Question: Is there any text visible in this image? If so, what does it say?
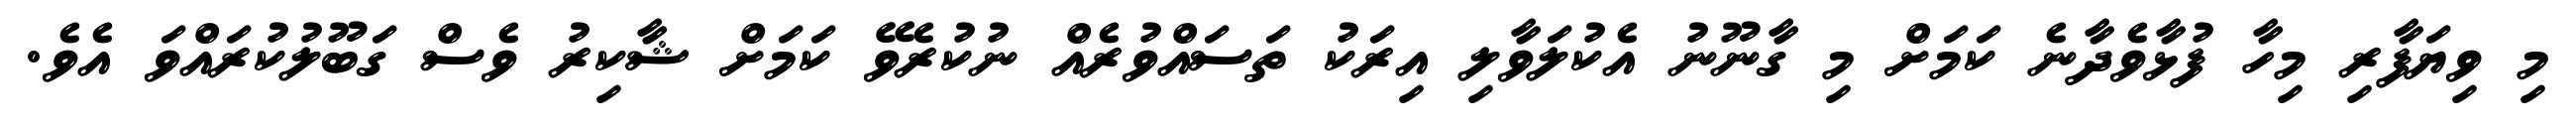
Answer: މި ވިޔަފާރި މިހާ ފުޅާވެދާނެ ކަމަށް މި ގާނޫނު އެކުލަވާލި އިރަކު ތަސައްވުރެއް ނުކުރެވޭ ކަމަށް ޝާކިރު ވެސް ގަބޫލުކުރައްވަ އެވެ.